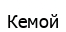
Кемой